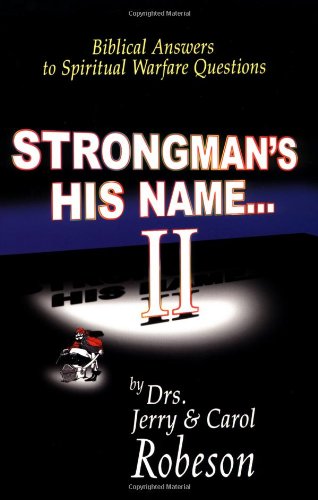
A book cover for Strongman's His Name II: Biblical Answers to Spiritual Warfare Questions; Jerry Robeson; Christian Books & Bibles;